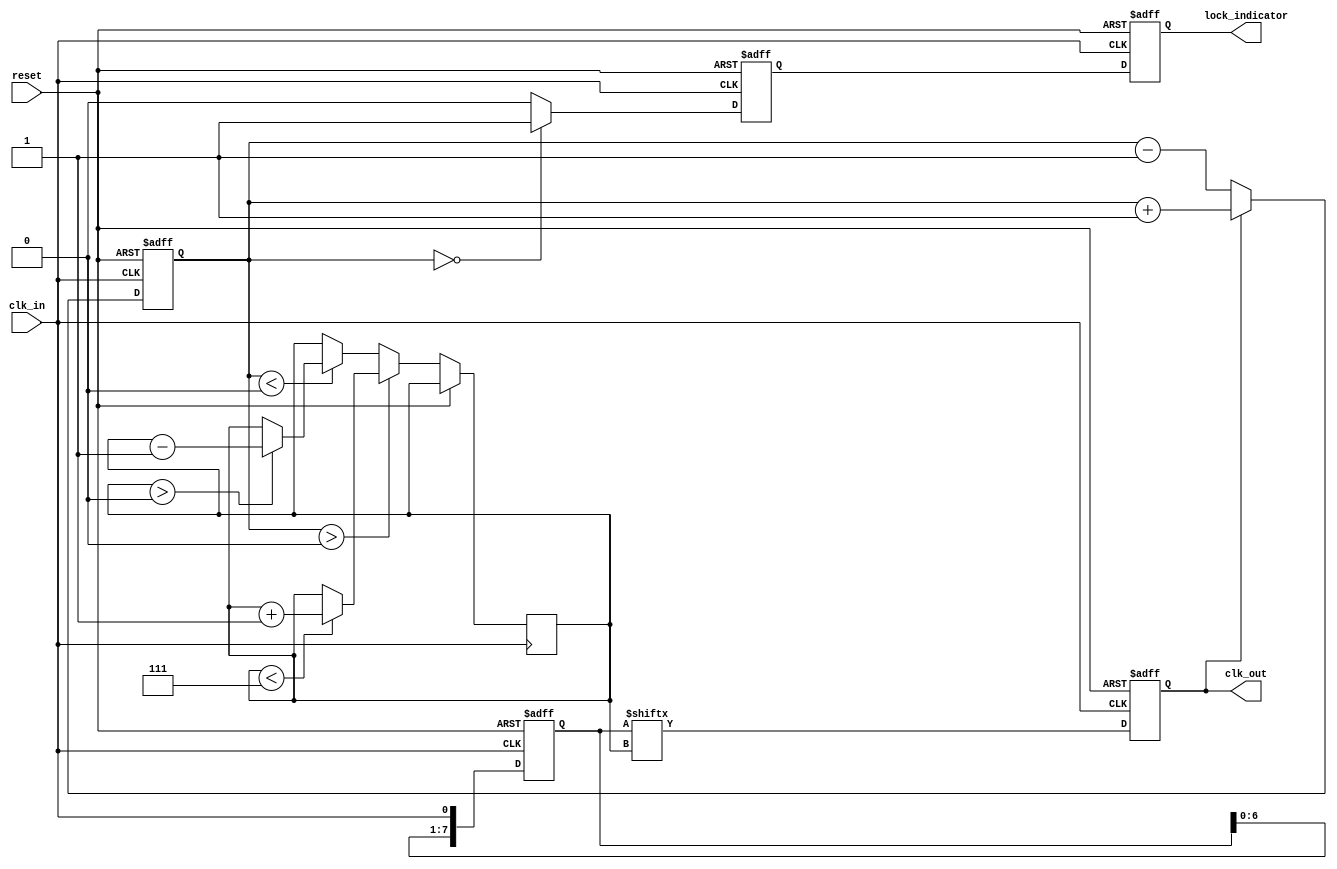
module MemoryBlocksDLL (
    input wire clk_in,          // Input clock signal
    input wire reset,           // Reset signal
    output reg clk_out,         // Output clock signal
    output reg lock_indicator    // Lock status indicator
);

    // Parameters
    parameter NUM_DELAY_ELEMENTS = 8; // Number of delay elements
    parameter DELAY_STEP = 1;          // Delay step size

    // Internal signals
    reg [NUM_DELAY_ELEMENTS-1:0] delay_elements; // Delay elements (memory blocks)
    reg [3:0] phase_error;                    // Phase error signal
    reg [3:0] delay_control;                   // Control logic output
    reg [3:0] current_delay;                   // Current delay setting
    reg locked;                                // Lock status

    // Phase Detector
    always @(posedge clk_in or posedge reset) begin
        if (reset) begin
            phase_error <= 0;
        end else begin
            // Simple phase comparison logic (for illustration)
            if (clk_out) begin
                phase_error <= phase_error + 1; // Increment error if output is leading
            end else begin
                phase_error <= phase_error - 1; // Decrement error if output is lagging
            end
        end
    end

    // Control Logic
    always @(posedge clk_in or posedge reset) begin
        if (reset) begin
            delay_control <= 0;
            locked <= 0;
        end else begin
            if (phase_error > 0) begin
                // If output is lagging, increase delay
                if (current_delay < NUM_DELAY_ELEMENTS-1) begin
                    current_delay <= current_delay + DELAY_STEP;
                end
            end else if (phase_error < 0) begin
                // If output is leading, decrease delay
                if (current_delay > 0) begin
                    current_delay <= current_delay - DELAY_STEP;
                end
            end
            
            // Update lock status
            if (phase_error == 0) begin
                locked <= 1;
            end else begin
                locked <= 0;
            end
        end
    end

    // Delay Elements (Memory Blocks)
    always @(posedge clk_in or posedge reset) begin
        if (reset) begin
            delay_elements <= 0;
            clk_out <= 0;
        end else begin
            // Shift register to simulate delay elements
            delay_elements <= {delay_elements[NUM_DELAY_ELEMENTS-2:0], clk_in};
            clk_out <= delay_elements[current_delay]; // Output the delayed clock
        end
    end

    // Lock Indicator
    always @(posedge clk_in or posedge reset) begin
        if (reset) begin
            lock_indicator <= 0;
        end else begin
            lock_indicator <= locked;
        end
    end

endmodule